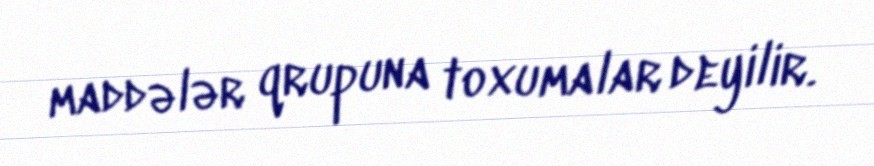
maddələr qrupuna toxumalar deyilir.